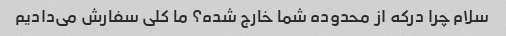
سلام چرا درکه از محدوده شما خارج شده؟ ما کلی سفارش می‌دادیم